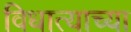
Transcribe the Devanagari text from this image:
विधात्याच्या